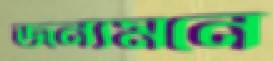
জন্যমনে